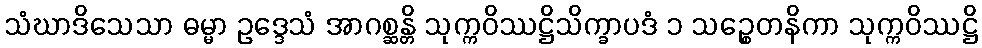
သံဃာဒိသေသာ ဓမ္မာ ဥဒ္ဒေသံ အာဂစ္ဆန္တိ သုက္ကဝိဿဋ္ဌိသိက္ခာပဒံ ၁ သဉ္စေတနိကာ သုက္ကဝိဿဋ္ဌိ